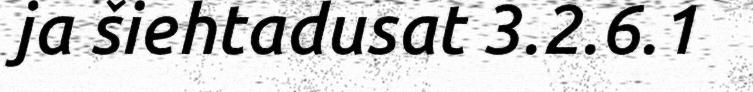
ja šiehtadusat 3.2.6.1